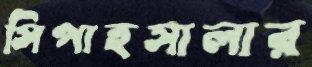
সিপাহসালার